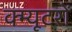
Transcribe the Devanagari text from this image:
क्म्यूटरों